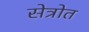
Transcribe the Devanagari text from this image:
सेत्रोत